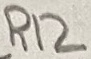
Text: R12